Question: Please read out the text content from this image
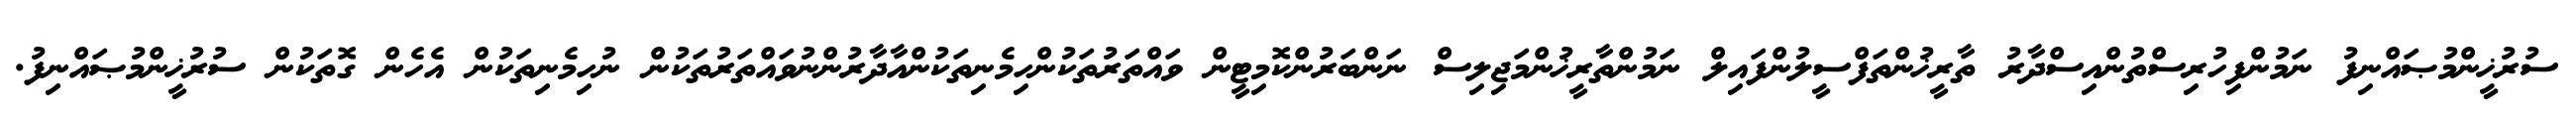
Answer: ސުރުޚީންމުޞައްނިފު ނަމުންފިހުރިސްތުންއިސްދާރު ތާރީޚުންތަފްސީލުންފައިލް ނަމުންތާރީޚުންމަޖިލިސް ނަންބަރުންކޮމިޓީން ވައްތަރުތަކުންހިމެނިތަކުންއާދާރުންނުވައްތަރުތަކުން ނުހިމެނިތަކުން އެހެން ގޮތަކުން ސުރުޚީންމުޞައްނިފު.